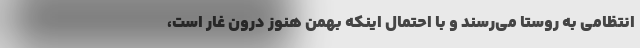
انتظامی به روستا می‌رسند و با احتمال اینکه بهمن هنوز درون غار است،